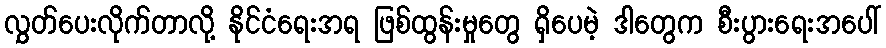
လွှတ်ပေးလိုက်တာလို့ နိုင်ငံရေးအရ ဖြစ်ထွန်းမှုတွေ ရှိပေမဲ့ ဒါတွေက စီးပွားရေးအပေါ်